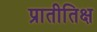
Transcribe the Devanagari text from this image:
प्रातीतिक्ष